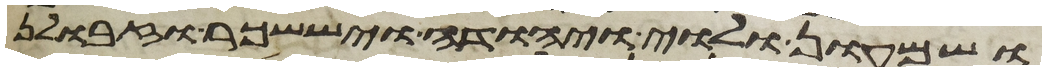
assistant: ושמעון ולוי ויהודה ויששכר וזבולן